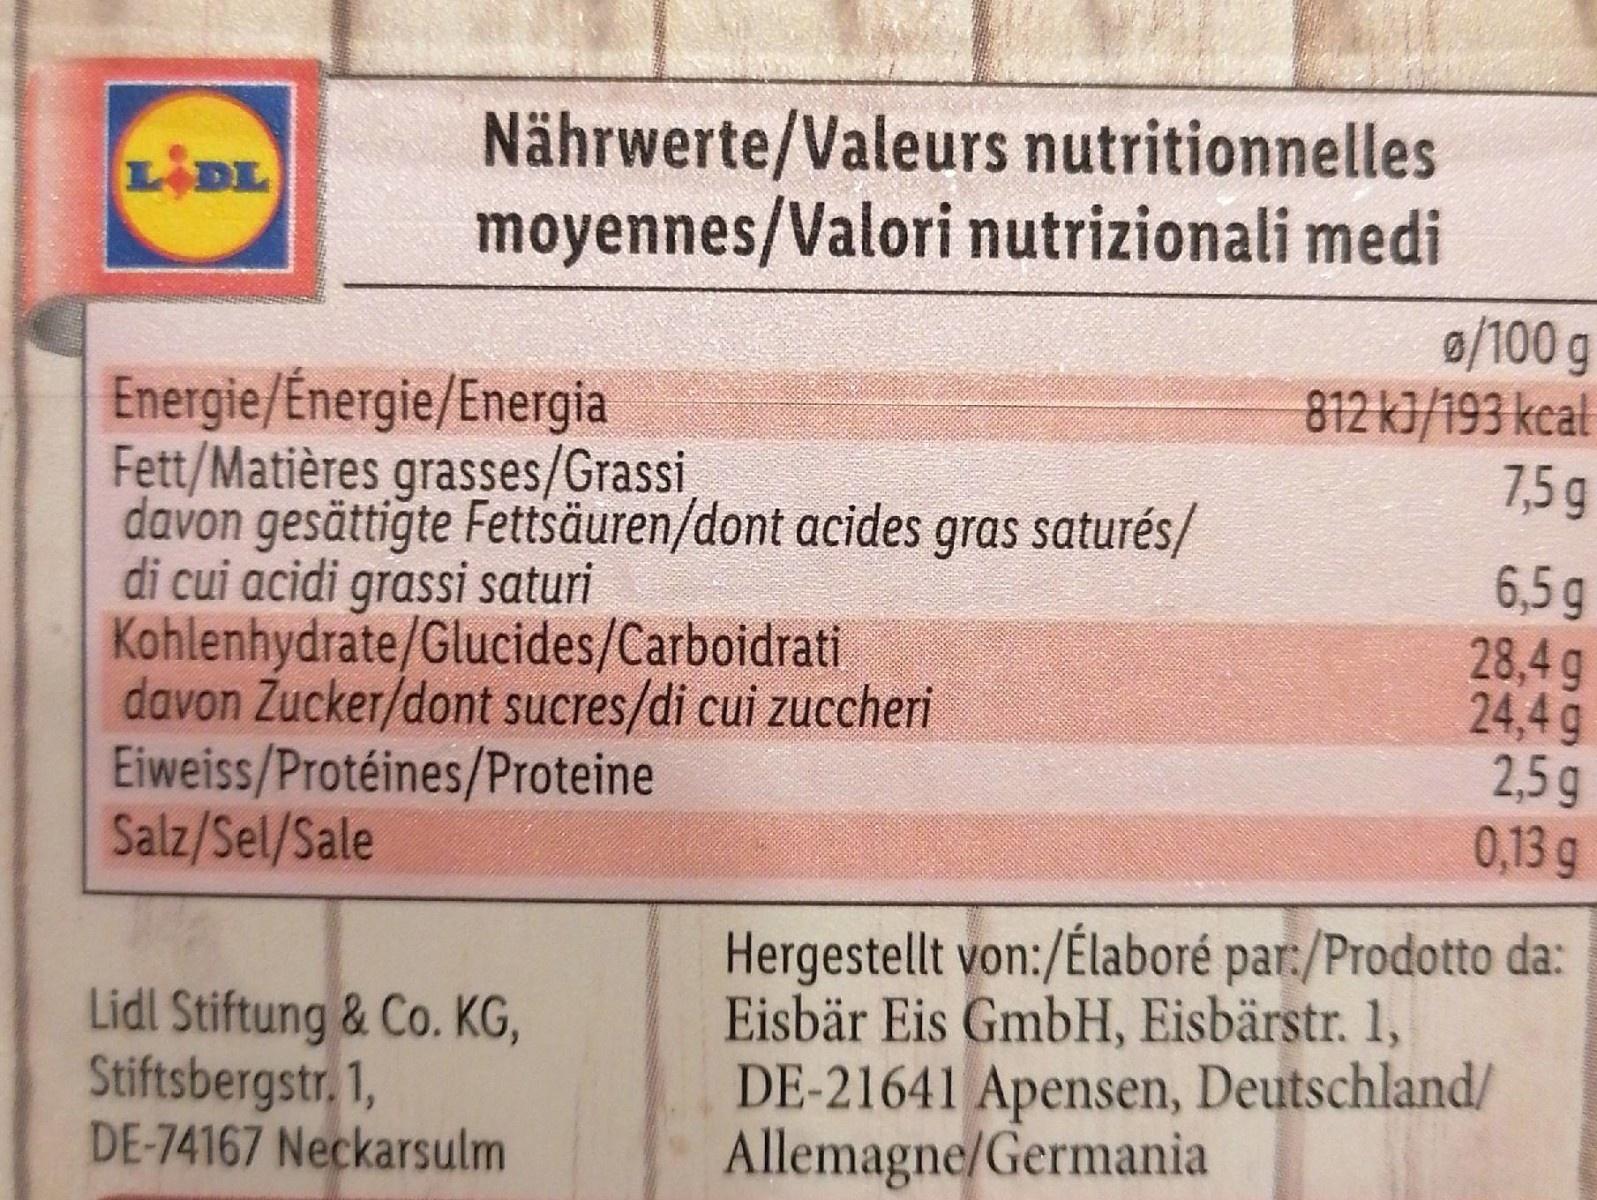
Nährwerte/Valeurs nutritionnelles moyennes/Valori nutrizionali medi
LIDL
9/100 g 812 k3/193 kcal 7,5 g
Energie/Énergie/Energia Fett/Matières grasses/Grassi davon gesättiğte Fettsäuren/dont acides gras saturés/ di cui acidi grassi saturi Kohlenhydrate/Glucides/Carboidrati davon Zucker/dont sucres/di cui zuccheri Eiweiss/Protéines/Proteine Salz/Sel/Sale
6,5g 28,4g 24,4g 2,5g 0,13 g
Lidl Stiftung & Co. KG, Stiftsbergstr. 1, DE-74167 Neckarsulm
Hergestellt von:/Élaboré par:/Prodotto da: Eisbär Eis GmbH, Eisbärstr. 1, DE-21641 Apensen, Deutschland/ Allemagne/Germania